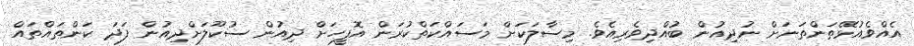
އެއްވެއުޅޭތަންތަނަށް ނުދިއުން ބުއްދިވެރިއެވެ. މިސާލަކަށް މަސައްކަތްކުރަން އޮފީހަށް ދިއުން ސުކޫލަށްދިއުން ފަދަ ކަންތައްތައް